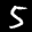
Label: 5